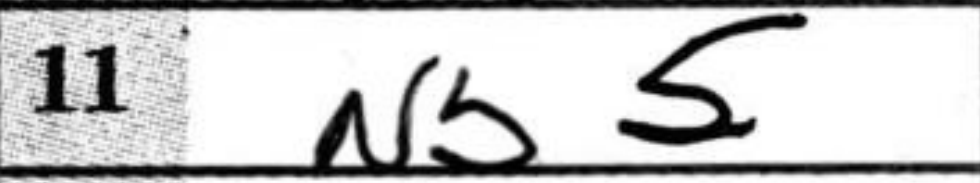
Transcription: Nb5